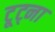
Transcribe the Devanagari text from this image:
टूट्ना